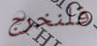
فلنخرج